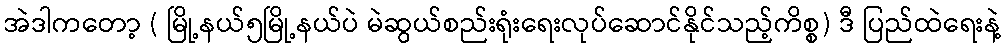
အဲဒါကတော့ ( မြို့နယ်၅မြို့နယ်ပဲ မဲဆွယ်စည်းရုံးရေးလုပ်ဆောင်နိုင်သည့်ကိစ္စ) ဒီ ပြည်ထဲရေးနဲ့